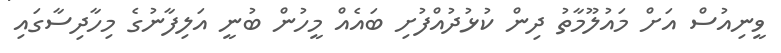
ވީނިއުސް އަށް މައުލޫމާތު ދިން ކުޅުދުއްފުށި ބައެއް މީހުން ބުނީ އަލިފާނުގެ މިހާދިސާގައި